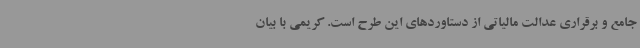
جامع و برقراری عدالت مالیاتی از دستاوردهای این طرح است. کریمی با بیان